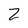
Character: Z